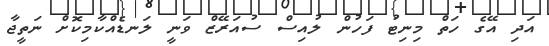
އަދި އޭގެ ހަތް މިނިޓު ފަހުން ލުއިސް ސުއަރޭޒް ވަނީ ލަނޑެއްކާމިކޮށް ނަތީޖާ